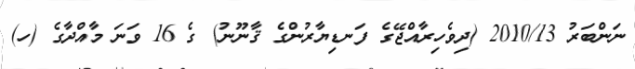
ނަންބަރު 2010/13 (ދިވެހިރާއްޖޭގެ ފަނޑިޔާރުންގެ ޤާނޫނު) ގެ 16 ވަނަ މާއްދާގެ (ހ)